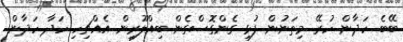
ބޭބެ ހަދާން ހުރޭ މިތަނުން ފުޅި ގެންގޮސްގެން ބިއްލޫރިން އެއްޗިހި ހަދާ ހަދާން.